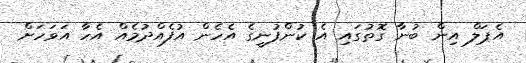
އެޕަލް އިން ބުނާ ގޮތުގައި އެ ކުންފުނީގެ އެހެން އުފެއްދުމެއް އެހާ އަވަހަށް